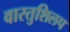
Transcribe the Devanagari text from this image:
वास्तुशिलप